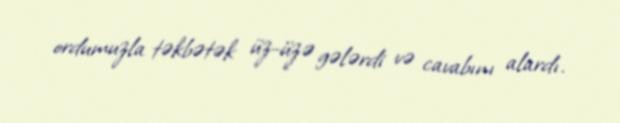
ordumuzla təkbətək üz-üzə gələrdi və cavabını alardı.